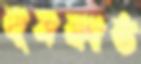
বৃষকাষ্ঠ